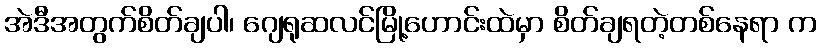
အဲဒီအတွက်စိတ်ချပါ၊ ဂျေရုဆလင်မြို့ဟောင်းထဲမှာ စိတ်ချရတဲ့တစ်နေရာ က